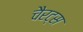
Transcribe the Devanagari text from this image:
चैरट्स